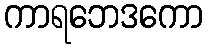
ကာရဘေဒကော